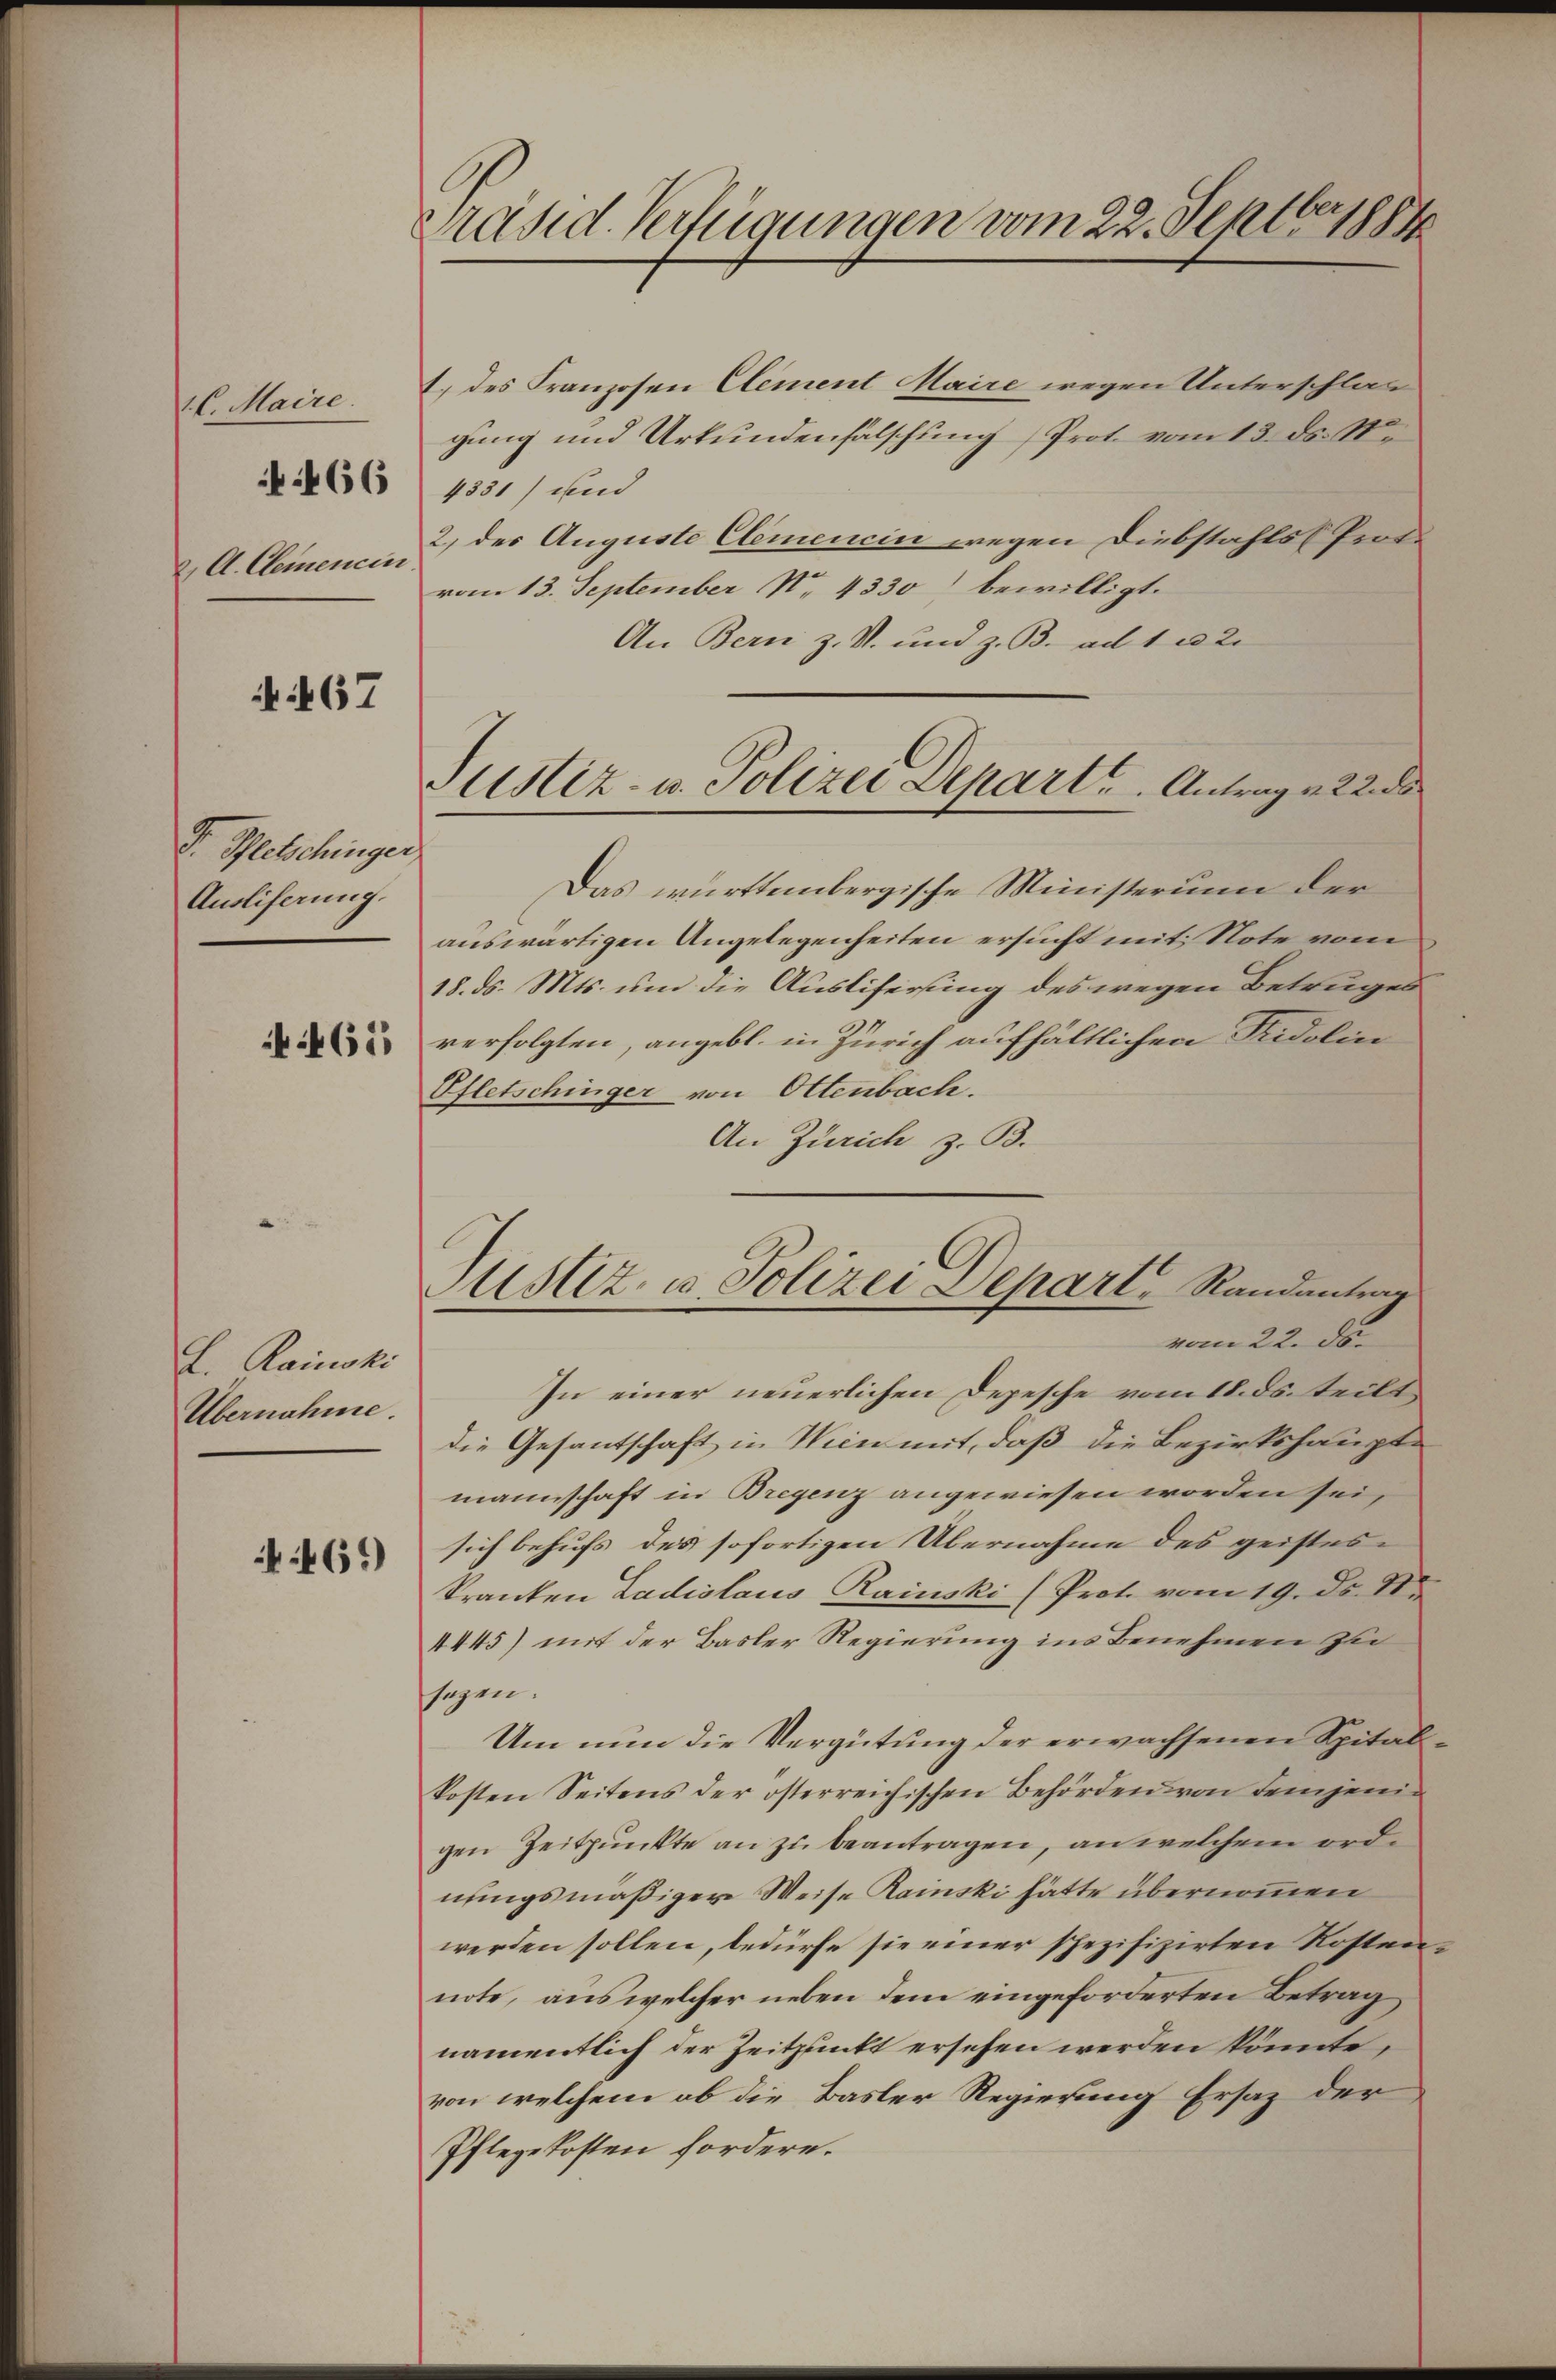
1 l. Maire.
2. A. Clemencen

466

467

I. Peetschinger
Ausliferung.

461

L. Rainoki
Übernahme.

461)

Präsid. Verfügungen vom 22. Septbr 1884

1.) des Franzosen Element Maire wegen Unterschlag
gung und Urkundenfälschung (Prot. vom 13. ds. ste
4851) und
2) des Auguste Clemenein wegen Diebstahls (Proto
vom 13. September No. 4330) bewilligt.
An Bern z. S. und z. B. ad 1 202.
Das württembergische Ministerium der
auswärtigen Angelegenheiten ersucht mit Note vom
18. ds. Mts. um die Auslifersung des wegen Betruges
verfolgten, angebl. in Zürich aufhältlichen Fridolin
Pfletschinger von Ottenbach.
An Zürich z. B.
Justiz- u. Polizei Depart, Randantrag
vom 22. d.
In einer neuerlichen Depesche vom 18. ds. teilt,
die Gesantschaft in Wien mit, daß die Bezirkshaupte
mannschaft in Bregenz angewiesen worden sei,
sich behufs des sofortigen Übernahme des geistes
Kranken Ladislaus Rainski (Prot. vom 19. ds. S.
4445) mit der Basler Regierung ins Benehmen zu
sagen.
Um nun die Vergütung der erwachsenen Spital
kosten Seitens der österreichischen Behörden von demjenigen Zeitpunkte an zu beantragen, an welchem ordnungsmäßiger Weise Rainski hätte übernommen
werden sollen, bedürfe sie einer spezifizirten Kosten
note, aus welcher neben dem eingeforderten Betrag
namentlich der Zeitpunkt ersehen werden könnte,
von welchem ob die Basler Regierung Ersatz der
Pflegekosten fordere.

Justiz- u. Polizei Depart. Antrag v. 22. d